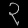
Digit: ၃